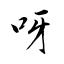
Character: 呀